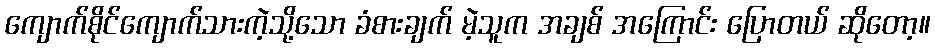
ကျောက်စိုင်ကျောက်သားကဲ့သို့သော ခံစားချက် မဲ့သူက အချစ် အကြောင်း ပြောတယ် ဆိုတော့။